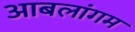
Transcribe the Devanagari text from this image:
आबलांगम